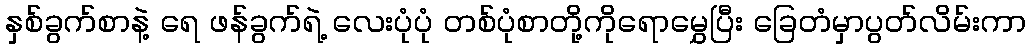
နှစ်ခွက်စာနဲ့ ရေ ဖန်ခွက်ရဲ့ လေးပုံပုံ တစ်ပုံစာတို့ကိုရောမွှေပြီး ခြေတံမှာပွတ်လိမ်းကာ